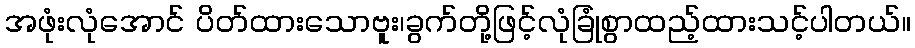
အဖုံးလုံအောင် ပိတ်ထားသောဗူး၊ခွက်တို့ဖြင့်လုံခြုံစွာထည့်ထားသင့်ပါတယ်။